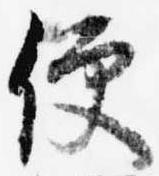
便